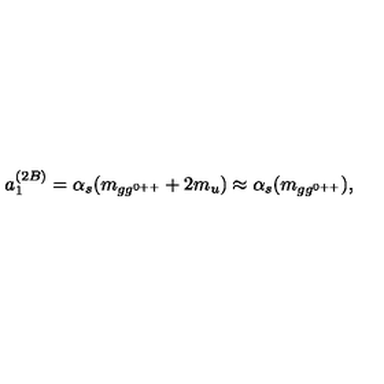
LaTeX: a _ { 1 } ^ { ( 2 B ) } = \alpha _ { s } ( m _ { g g ^ { 0 + + } } + 2 m _ { u } ) \approx \alpha _ { s } ( m _ { g g ^ { 0 + + } } ) ,